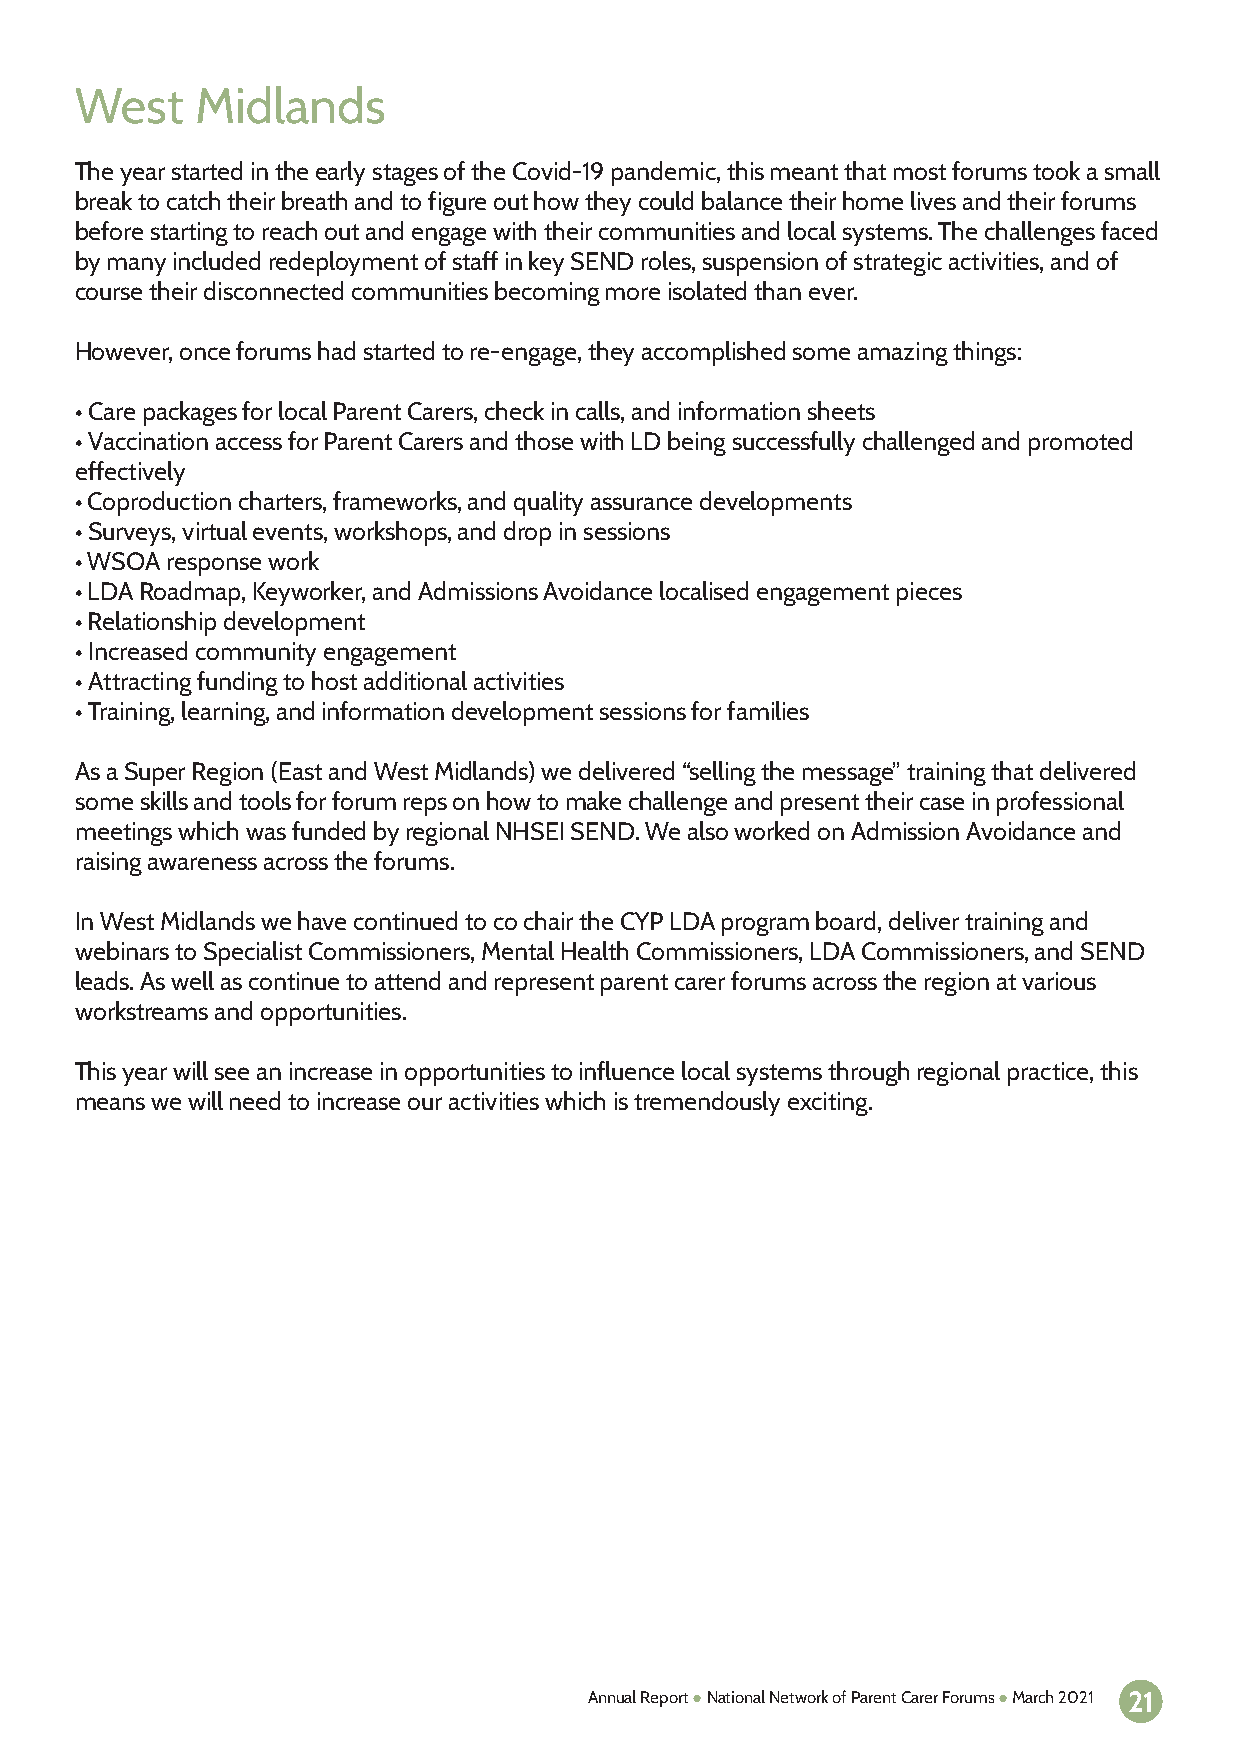
West    Midlands
 The year started in the early stages of the Covid-19 pandemic, this meant that most forums took a small
 break to catch their breath and to figure out how they could balance their home lives and their forums
 before starting to reach out and engage with their communities and local systems. The challenges faced
 by many included redeployment of staff in key SEND roles, suspension of strategic activities, and of
 course their disconnected communities becoming more isolated than ever.
 However, once forums had started to re-engage, they accomplished some amazing things:
 • Care packages for local Parent Carers, check in calls, and information sheets
 • Vaccination access for Parent Carers and those with LD being successfully challenged and promoted
 effectively
 • Coproduction charters, frameworks, and quality assurance developments
 • Surveys, virtual events, workshops, and drop in sessions
 • WSOA response work
 • LDA Roadmap, Keyworker, and Admissions Avoidance localised engagement pieces
 • Relationship development
 • Increased community engagement
 • Attracting funding to host additional activities
 • Training, learning, and information development sessions for families
 As a Super Region (East and West Midlands) we delivered “selling the message” training that delivered
 some skills and tools for forum reps on how to make challenge and present their case in professional
 meetings which was funded by regional NHSEI SEND. We also worked on Admission Avoidance and
 raising awareness across the forums.
 In West Midlands we have continued to co chair the CYP LDA program board, deliver training and
 webinars to Specialist Commissioners, Mental Health Commissioners, LDA Commissioners, and SEND
 leads. As well as continue to attend and represent parent carer forums across the region at various
 workstreams and opportunities.
 This year will see an increase in opportunities to influence local systems through regional practice, this
 means we will need to increase our activities which is tremendously exciting.
 Annual Report ● National Network of Parent Carer Forums ● March 2021 21